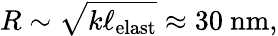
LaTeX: R\sim\sqrt{k\ell_{\mathrm{elast}}}\approx 30~\mathrm{nm},